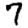
Digit: 7